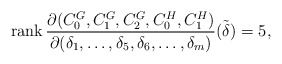
\begin{align*}\textnormal{rank}\,\frac{\partial(C_{0}^G,C_{1}^G,C_{2}^G,C_{0}^H, C_{1}^H)}{\partial(\delta_1,\dots,\delta_{5},\delta_{6},\dots,\delta_m)}\tilde{(\delta)}=5,\end{align*}